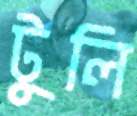
টুলি